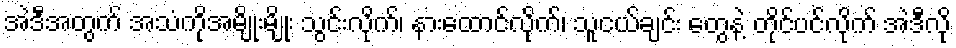
အဲဒီအတွက် အသံကိုအမျိုးမျိုး သွင်းလိုက်၊ နားထောင်လိုက်၊ သူငယ်ချင်း တွေနဲ့ တိုင်ပင်လိုက် အဲဒီလို